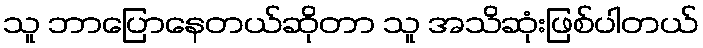
သူ ဘာပြောနေတယ်ဆိုတာ သူ အသိဆုံးဖြစ်ပါတယ်